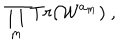
\prod _ { m } T r ( { \cal W } ^ { a _ { m } } ) \ ,